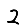
Digit: 2